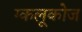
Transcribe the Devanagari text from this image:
ग्कलूकोज